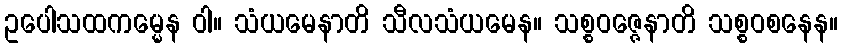
ဥပေါသထကမ္မေန ဝါ။ သံယမေနာတိ သီလသံယမေန။ သစ္စဝဇ္ဇေနာတိ သစ္စဝစနေန။